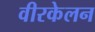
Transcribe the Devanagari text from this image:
वीरकेलन